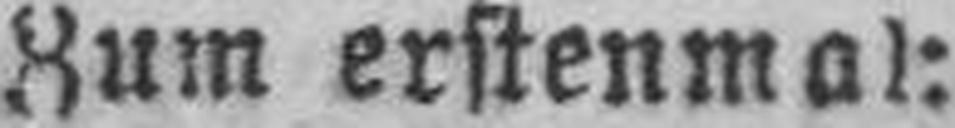
Zum erstenmal: